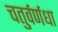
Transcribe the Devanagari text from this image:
चतुर्वर्णधा